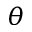
\theta